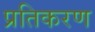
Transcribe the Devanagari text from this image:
प्रतिकरण